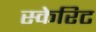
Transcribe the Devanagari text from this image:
स्केरिट